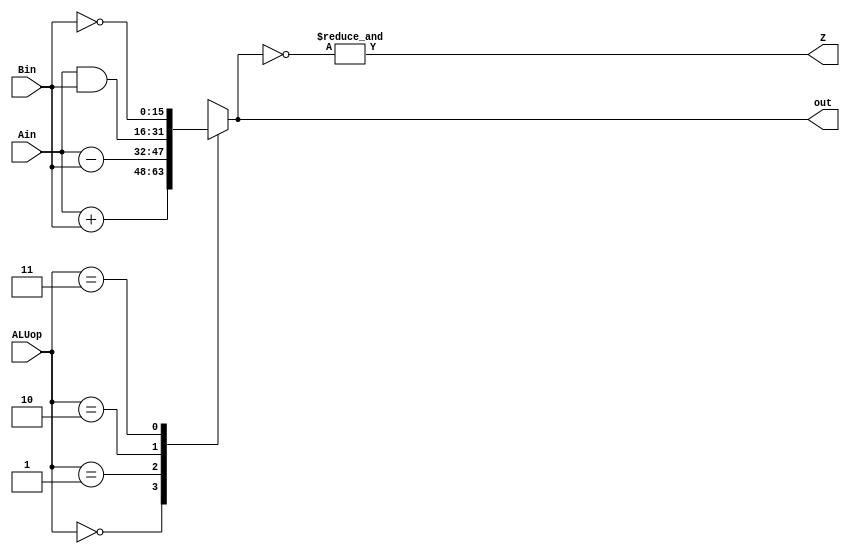
module ALU(Ain,Bin,ALUop,out,Z); 

input [15:0] Ain, Bin; 
input [1:0] ALUop; 
output [15:0] out; 
output Z; // fill out the rest endmodule 

reg [15:0]storeout;

always @(*)begin
   case(ALUop)
     2'b00: storeout=Ain+Bin;
	 2'b01: storeout=Ain-Bin;
	 2'b10: storeout=Ain&Bin;
	 2'b11: storeout=~Bin;
	 default: storeout=16'bxxxxxxxxxxxxxxxx;
   endcase
end 
 assign out=storeout;
 assign Z=&(~storeout);
endmodule